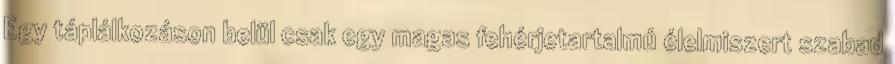
Egy táplálkozáson belül csak egy magas fehérjetartalmú élelmiszert szabad